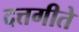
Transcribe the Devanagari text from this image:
दत्तगीते